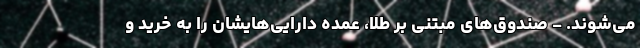
می‌شوند. - صندوق‌های مبتنی بر طلا، عمده دارایی‌هایشان را به خرید و